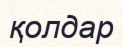
қолдар